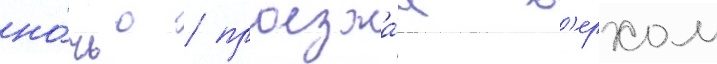
но́чью / проезжа́я в'ерхом